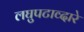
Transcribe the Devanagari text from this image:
लघुपटाव्दारे